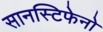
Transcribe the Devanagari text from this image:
सानस्टिफेनो